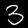
Digit: 3